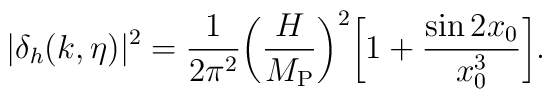
|\delta_{h}(k,\eta)|^2 = \frac{1}{2 \pi^2} \biggl(\frac{H}{M_{\rm P}}\biggr)^2 \biggl[ 1 + \frac{\sin{2 x_0}}{x_0^3}\biggr].